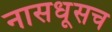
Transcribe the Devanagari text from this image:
नासधूसच